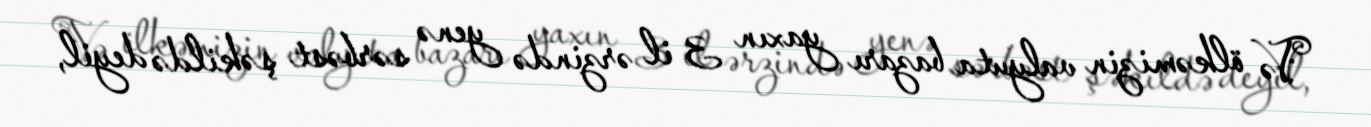
Və ölkəmizin valyuta bazarı yaxın 3 il ərzində yenə sərbəst şəkildə deyil,